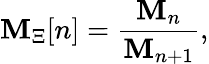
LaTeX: \mathbf{M}_{\Xi}[n]=\frac{{{\cal\mathbf{M}}_{n}}}{{{\cal\mathbf{M}}_{n+1}}},